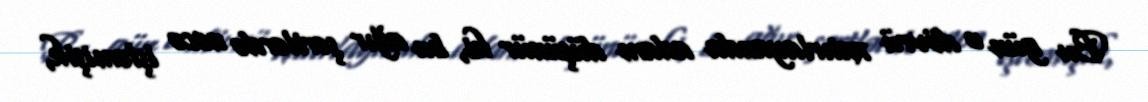
Bu gün o dövrü xatırlayanda adam düşünür ki, bu ağır şərtlərdə necə işləmişik,